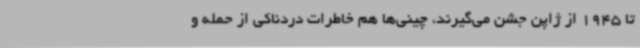
تا 1945 از ژاپن جشن می‌گیرند، چینی‌ها هم خاطرات دردناکی از حمله و